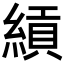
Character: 𬗯